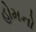
હોમનો